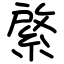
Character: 綮